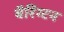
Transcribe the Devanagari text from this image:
बैरिंग्टन